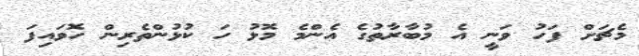
މެޗަށް ފަހު ވަނީ އެ މުބާރާތުގެ އެންމެ މޮޅު ހަ ކުޅުންތެރިން ހޮވައިފަ